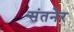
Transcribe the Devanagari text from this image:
संतनेर